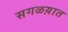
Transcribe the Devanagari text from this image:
सगळय़ात